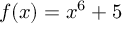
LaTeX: f ( x ) = x ^ { 6 } + 5